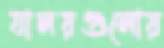
যালয়গুলোয়